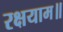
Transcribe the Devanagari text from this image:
रक्षयाम॥